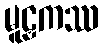
မူဠှကဿ